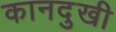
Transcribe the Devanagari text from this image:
कानदुखी